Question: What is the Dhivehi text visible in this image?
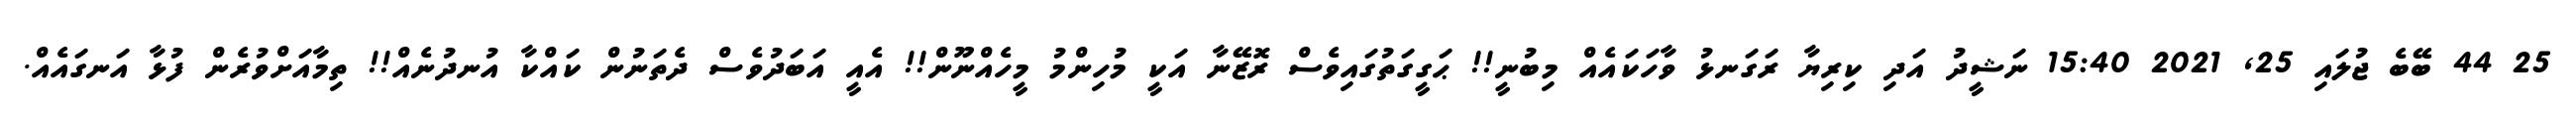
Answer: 25 44 ބޭބެ ޖުލައި 25, 2021 15:40 ނަޝީދު އަދި ކިރިޔާ ރަގަނޅު ވާހަކައެއް މިބުނީ!! ޙަގީގަތުގައިވެސް ރޮޒޭނާ އަކީ މުހިންމު މީހެއްނޫން!! އެއީ އަބަދުވެސް ދެތަނުން ކައްކާ އުނދުނެއް!! ތިމާއަށްވުރެން ފުޅާ އަނގައެއް.